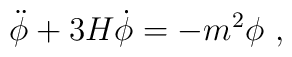
\ddot\phi + 3H\dot\phi = -m^2\phi \ ,